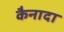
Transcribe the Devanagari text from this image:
कैनादा